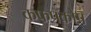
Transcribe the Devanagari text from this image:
कफप्रकोप